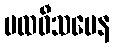
ပထဝီသမေန